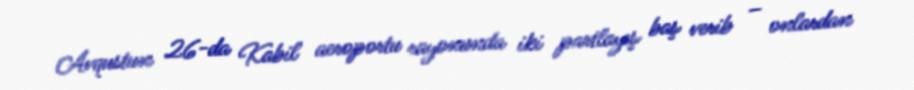
Avqustun 26-da Kabil aeroportu rayonunda iki partlayış baş verib – onlardan